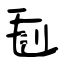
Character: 毺